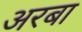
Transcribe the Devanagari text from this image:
अरबा